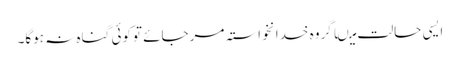
ایسی حالت میںاگروہ خدانخواستہ مرجائے توکوئی گناہ نہ ہوگا۔